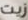
زيت